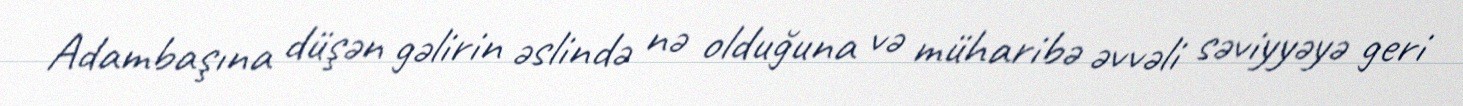
Adambaşına düşən gəlirin əslində nə olduğuna və müharibə əvvəli səviyyəyə geri